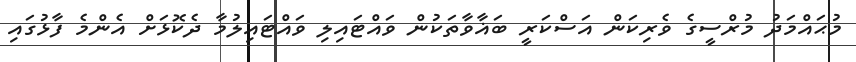
މުޙައްމަދު މުރްސީގެ ވެރިކަން އަސްކަރީ ބަޣާވާތަކުން ވައްޓައިލި ވައްޓައިލުމާ ދެކޮޅަށް އެންމެ ފާޅުގައި